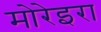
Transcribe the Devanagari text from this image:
मोरेइरा